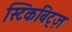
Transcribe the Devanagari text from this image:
स्टिकबिट्ज़